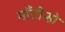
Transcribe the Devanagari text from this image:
माँटीन्हो